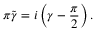
\pi \widetilde { \gamma } = i \left( \gamma - \frac { \pi } { 2 } \right) .